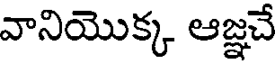
వానియొక్క ఆజ్ఞచే